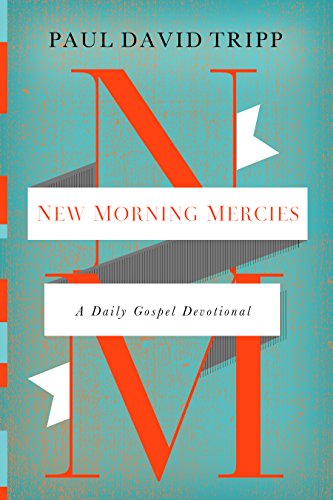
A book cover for New Morning Mercies: A Daily Gospel Devotional; Paul David Tripp; Christian Books & Bibles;